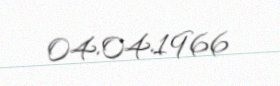
04.04.1966